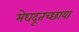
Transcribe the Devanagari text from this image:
मेघदूतच्छाया